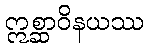
ဣစ္ဆာဝိနယဿ